[Report on the health of British troops in the Madras command]
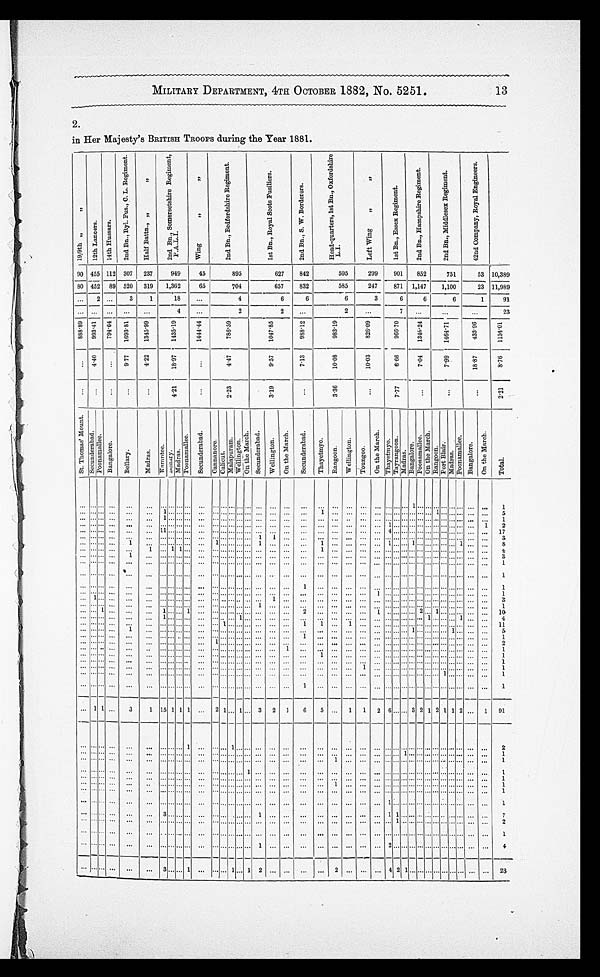
MILITARY DEPARTMENT, NTH OCTOBER 1882, No. 5251.
13
2.
in Her Majesty's BRITISH TROOPS during the Year 1881.
1 9 / 9 t h
1 2 t h L a n o e r s . 1 4 t h H u s s a r s .
2 n d B n . , R Y L F u s . , O . L . R e g i m e n t .
H a l f B a t t n . , "
2 n d B n . , S o m e r s e t s h i r e R e g i m e n t , P . A . L . I .
W i n g " "
2 n d B n . , B e d f o r d s h i r e R e g i m e n t
1 s t B n . , R o y a l S o o t s F u s i l l e r s .
2 n d B n . , S . W . B o r d e r e r s .
H e a d - q u a r t e r s , 1 s t B n . , O X f o r d a s h i r e L . I .
L e f t W i n g " "
1 s t B n . , E s s c x R e g i m e n t .
2 n d B n . , H a m p s h i r e R e g i m e n t .
2 n s B n . , M i d d l e s e x R e g i m e n t .
4 2 n d C o m p a n y , R o y a l R e g i m e n t .
90 455 112 307 237
949
45
895
627
842
595
299
901 852
751
53 10,389
80 452 89 520 319 1,362
65
704
657
832
5 8 5
247
8 7 1
1,147
1,100
23 11,989
... 2 ... 3
1
18
...
4
6
6
6
8
6 6
6
1
91
. . . . . . ... ... ...
4
...
2
2
...
2
. . .
7 . . .
. . .
...
23
8 8 8 . 8 9 9 9 3 . 4 1 794. 64
1 6 9 3 . 8 1
1 3 4 5 . 9 9
1 4 3 5 . 1 9
, 1 4 4 4 . 4 4
,
7 8 6 . 5 9
1 0 4 7 . 8 5
,
9 8 8 . 1 2
9 8 3 . 1 9
9 6 6 . 7 0
1 3 4 6 . 2 4 1 4 6 4 . 7 1
4 3 3 0 3 . 9 6
1 1 5 4 . 0 1
. . . . 4 . 4 0
. . .
9 . 7 7
4 . 2 2 2
1 8 . 9 7
. . .
4 . 4 7
9 . 5 7 7 . 1 3
1 0 . 0 8
1 0 . 0 3
6 . 6 6 7 . 0 4
7 . 9 9
1 8 . 8 7
8 . 7 6
. . . . . . .
. . . .
. . .
. . . .
4 . 2 1
. . .
2 . 2 3
3 . 1 9 . . .
3 . 3 6 —
. . . .
7 . 7 7
. . . .
. . . .
. . . . 2 . 2 1
S t . T h o m a s ' M o u n t .
S e c u n d e r a b a d . P o o n a m a l l e e .
B a n g a l o r e .
B e l l a r y .
M a d r a s . K a m n t e e . B e l l a r y . M a d r a s .
P o o n a m a l l e e . S e c u n d e r a b a d .
C a n n a n o r e . C a l c u t .
M a l a p u r a m .
W e l l i n g t o n .
O n t h e M a r c h .
S e c u n d e r a b a d .
W e l l i n g t o n .
O n t h e M a r c h . S e c u n d e r a b a d .
T h a y e t m y o .
R a n g o o n .
W e l l i n g t o n .
T o u n g o o .
O n t h e M a r c h .
T h a y e t m y o .
T a y r a n g o o n . M a d r a s .
B a n g a l o r e
P o o n a m a l l e e .
O n t h e Ma r c h .
R a n g o o n .
P o r t B l a i r .
M a d r a s .
P o o n a m a l l e e .
B a n g a l o r e .
O n t h e M a r c h .
T o t a l .
...
. . .
. . . ...
...
,.. . . . . . . . . . . . . . . . . . .
. . . . . . . . . . . .
...
. . . . . .
. . .
. . . . . . . . . . . . . . . . . . . . . . . . 1 . . .
... . . . . . . . . . . . . . . . . . .
1
. . . . . . . . . . . .
. . .
. . . 1 . . . . . . . . ... . . . . . . . . . . . . . . . . . . . . . . . .
. . .
1 . . . . . . . . . . . . . . . . . . . . . . . . . . .
... 1 . . . . . . . . . . . . . . .
5
. . . . . . . . . . . .
. . .
. . . 1 . . . . . . . . . ... . . . . . . . . . . . . . . . . . . . . . . . .
. . .
. . . . . . . . . . . . . . . . . . . . . . . . . . . . . .
... . . . . . . . . . . . . . . . . . . 1
... . . . . . . ... ... ... . . . . . . . . . . . . ... . . . . . . . . . . . . . . . . . . . . . . . .
. . .
. . . . . . . . . . . . . . . 1 . . . . . . . . . . . .
... . . . . . . . . . . . . . . . 1
2
... . . . . . . ... ... ... 1 1 . . . . . . . . . ... . . . . . . . . . . . . . . . . . . . . . . . .
. . .
. . . . . . . . . . . . . . . 4 . . . . . . . . . . . .
... . . . . . . . . . . . . . . . . . .
1 7
. . . . . . . . . ... ... .,.
. . . . . . . . . . . . ... . . . . . . . . . . . . 1 1 . . . . . .
. . .
. . . . . . . . . . . . . . . . . . . . . . . . . . . . . .
... . . . . . . . . . . . . . . . . . . .
. . . 3
... . . . . . .
...
1 ... . . . . . . . . . . . . 1 . . . . . . . . . . . . . . 1 . . . . . . . . . . .
. . .
1 . . . . . . . . . . . . . 1 . . . . . . . 1 . . . . .
... . . . . . . . . . . 1 . . . . . .
8
. . . . . . . . . ... ...
1
. . . 1 1 . . . ... . . . . . . . . . . . . . . . . . . . . . . . .
. . .
1 . . . . . . . . . . . . . . . . . . . . . . . . . . . .
... . . . . . . . . . . . . . . . . . .
4
... . . . . . .
...
1
... . . . . . . . . . . . . ... . . . . . . . . . . . . . . . . . . . . . . . .
. . .
. . . . . . . . . . . . . . . . . . . . . . . . . . . . . .
... . . . . . . . . . . . . . . . . . .
2
... . . . . . . ...
. . .
... . . . . . . . . . . . . ... . . . . . . . . . . . . . . . . . . . . . . . . . . .
. . . ... ... ... ... ... ... ... .. ... ... ... ... ... ... ... ... 1 1
.., . . . . . .
...
. . . ...
. . . . . . . . . . . . . . . . . . . . . . . . . . . . . . ...
. . . . . . . ... . . .
. . . . . . . . . . . . . . . . . . . . . . . . . . .
... . . . . . . . . . . . . . . . ... 1
. . . . . . . . .
...
. . . ... . . . . . . . . . . . . ... . . . . . . . . . . . . . . . . . . . . . . . . . . .
. . . . . .
. . . . . . . . . . . . . . . . . . . . . . . .
... . . . . . . . . . . . . . . . . . . 1
... . . . . . . ... ... ...
. . . . . . . . . . . . . . . . . . . . . . . . . . . . . . . . . ...
. . .
1 . . .
. . . . . . . . . . . . . . . . . . . . . . . . . . . . . . . . ... .... . . . . . . . . . . . . . . .
1
... . . . . . .
...
... .... . . . . . . . . . . . . . ... . . . . . . . . . . . . ... . . .
. . . ... ,.. ...
. . . . . . . . . 1 . . . . . . . . . . . . . . .
... . . . . . . . . . . . . . . . . . .
1
... 1 . . .
...
... ... . . . . . . . . . . . . ... . . . . . . . . . . . . . . . . . . 1 . . .
. . . . . .
. . . . . . . . . . . . . . . . . . . . . . . . . . .
... . . . . . . . . . . . . . . . . .
3
... . . . . . .
...
... ... . . . . . . . . . . . . ... . . . . . . . . . . . . 1 1 . . . . . .
. . . . . .
. . . . . . . . . . . . . . . . . . . . . . . . . . .
... . . . . . . . . . . . . . . . . . .
1
. . . . . . . 1 ... ... ... 1 . . . . . . 1 ... . . . . . . . . . . . . . . . . . . . . . . . .
2 . . .
. . . . . . . . . 1 . . . . . . . . . . . . 2 ... 1 . . . . . . . . . . . . . . . .
1 0
... . . . . . .
...
... ... 1 . . . . . . . . . ... . . . . . . . . . 1 . . . . . . . . . . . . . . .
. . .
. . . . . . . . . . . . . . . . . . . . . . . . . . . .
1 . . . . . . . . . 1 . . . . . .
4
... . . . . . .
...
1... . . . . . . . . . . . . . . . . . . . . . 1 . . . . . . . . . . . . . . . .
1 1
. . . 1 . . . . . . . . . . . . . . . . . . . . .
... . . . . . . . . . . . . . . . . . . .
1 1
. . . . . . . . . ...
. . .
. . . . . . . . . . . . . . . . ... 1 . . . . . . . . . . . . . . . . . . . . .
. . . . . .
. . . . . . . . . . . . . . . . . . . . . 1 . . .
... . . . . . . . . . . . . . . . . . .
5
. . . . . . . . . ...
. . .
. . . . . . . . . . . . . . . . . . . . . . . . . . . . . . . . . . . . . . . . . .
1 . . .
. . . . . . . . . . . . . . . . . . . . . . . . . . .
... . . . . . . . . . . . . . . . . . .
1
. . . . . . . . . ...
. . .
. . . . . . . . . . . . . . . . . . . . . . . . . . . . . . . . . . . . . . . . . . . . .
. . .
. . . . . . . . .
. . . . . . . . . . . . . . . . . .
... . . . . . . . . . . . . . . . . . . .
2
. . . . . . . . . ...
. . .
. . . . . . . . . . . . . . . . . . . . . . . . . . . . . . . . . . . . .
. . . . 1 . . .
. . .
. . . . . . . . . . . . . . . . . . . . . . . . . . .
... . . . . . . . . . . . . . . . . . .
1
... . . . . . . ...
. . .
. . . . . . . . . . . . . . . ... . . . . . . . . . . . . . . . . . . . . . . . .
. . . 1
. . . . . . . . . . . . . . . . . . . . . . . . . . .
... . . . . . . . . . . . . . . . . . .
1
. . . . . . . . . ...
. . .
. . . . . . . . . . . . . . . . . . . . . . . . . . . . . . . . . . . . . . . . . .
. . . . . .
. . . . . . . . . . . . . . . . . . . . . . . . . . .
... . . . . . . . . . . . . . . . . . .
. 1 . .
. . . . . . . . ...
. . .
. . . . . . . . . . . . . . . ... . . . . . . . . . . . . . . . . . . . . . . . . . . .
. . .
. . . . . . 1 . . . . . . . . . . . . . . . . . .
... . . . . . . . . . . . . . . . . . .
. 1 . .
. . . . . . . . . ...
. . .
. . . . . . . . . . . . . . . . . . . . . . . . . . . . . . . . . . . .
. . . . . . . . .
. . . . . . . . . . . . . . . . . . . . . . . . . . . . . .
... . . . 1 . . . . . . . . . . . .
. 1 . .
... . . . . . .
...
...
. . . . . . . . . . . . . . . . . . . . . . . . . . . . . . . . . . . . . . . . . .
1
. . .
. . . . . . . . . . . . . . . . . . . . . . . .
. . .
... . . . . . . . . . . . . . . . . . .
1
.. 1 1 ...
3
1 1 5 1 1 1 ... 2 1 . . . 1 . . . 3 2 1
6 5
. . . 1 1 2 6 . . . . . . 3 2 1 2 1 1 2 . . . 1
9 1
... . . . . . .
...
...
... . . . . . . . . . 1 ... . . . . . . 1 . . . . . . . . . . . . . . . . .
. . .
. . . . . . . . . . . . . . . . . . . . . . . . . . .
... . . . . . . . . . . . . . . . . . .
2
. . . . . . . . . ... ...
. . . . . . . . . . . . . . . . . . . . . . . . . . . . . . . . . . . .
. . . . . . . . .
. . . . . .
. . . . . . . . . . . . . . .1 . . . . . . .
... . . . . . . . . . . . . . . . . . .
1 .
... . . . . . .
...
... ... . . . . . . . . . . . .... . . . . . .
. . . . . . . . . . . . . . . . . .
. . .
. . .
1
. . . . . . . . . . . . . . . . . . . . . . . . . . . . .
... . . . . . . . . . . . . . . . . . .
1
. . . . . . . . . ... ... ... . . . . . . . . . . . . ... . . . . . . . . . . . . 1 . . . . . . . . .
. . . . . . . . .
. . . . . . . . . . . . . . . . . . . . . . . .
... . . . . . . . . . . . . . . . . . .
1
. . . . . . . . . ....
. . .
. . .
. . . . . . . . . . . . . . . . . . . . . . . . . . . . . . . . . . . . . . . . . . . . .
. . .
. . .
. . . . . . . . . . . . . . . . . . . . . . . . ... . . . . . . . . . . . . . . . . . .
1
. . . . . . . . . ...
. . .
. . . . . . . . . . . . . . . . . . . . . . . . . . . . . . . . . . . . . . . . . .
. . . . . . 1
. . . . . . . . . . . . . . . . . . . . . . . . .
... . . . . . . . . . . . . . . . . . . .
1
... . . . . . .
... ...
... . . . . . . . . . . . .
...
. . .
. . . . . . . . . . . . . . . . . . . . . . . .
. . . . . .
. . . . . . . . . . . . . . . . . . . . .
. . . ... . . . . . . . . . . . . . . . . . .
1
... . . . . . .
... ...
... . . . . . . . . . . . .
...
. . . . . . . . . . . . . . . . . . . . . . . .
. . . . . . . . .
. . . . . . . . . . . . . . . . . . 1 . . .
... . . . . . . . . . . . . . . . . . .
1 .
... . . . . . .
... ...
... . . . 3 . . . . . .
...
. . . . . . . . . . . . . . . . . . . . . . . .
1 . . . . . .
. . . . . . . . . . . . . . . . . 1 1 ... . . . . . . . . . . . . . . . . . .
. 7 . .
... . . . . . .
... ...
... . . . . . . . . . . . .
...
. . . . . . . . . . . . . . . . . . . . . . . .
. . . . . . . . .
. . . . . . . . . . . . . . . . . . . . . 1 ... . . . . . . . . . . . . . . . . . .
2
. . .
. . .
. . .
...
... ....
. . . . . . . . . . . . .
...
. . . . . . . . . . . . . . . . . . .
. . . . . .
. . . . . . . . .
. . . . . . . . . . . . . . . . . . . . . . .
... . . . . . . . . . . . . . . . . . .
1
...
. . . . . .
... ... ...
. . . . . . . . . . . .
...
. . . . . . . . . . . . . . . . . . . . . . . . . . 1
. . . . . . . . . . . . . . . . . . . . . . . . . 2 . . .
... . . . . . . . . . . . . . . . . . . 4
...
. . . . . . .
... ... ...
. . . 3 . . . . . .
..
. . . 1 . . . 1 . . . 1 . . . 1
2 . . . . . . . . . . 2 . . . . . . . . . 4 2 1 . . . . . . . . . . . . . . . . .
2 3